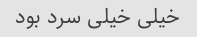
خیلی خیلی سرد بود